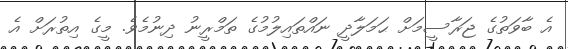
އެ ބާވަތުގެ ޖަރާސީމަށް ޙަމަލާދީ ނައްތައިލުމުގެ ތަމްރީނު ދިނުމެވެ. މީގެ އިތުރަށް އެ